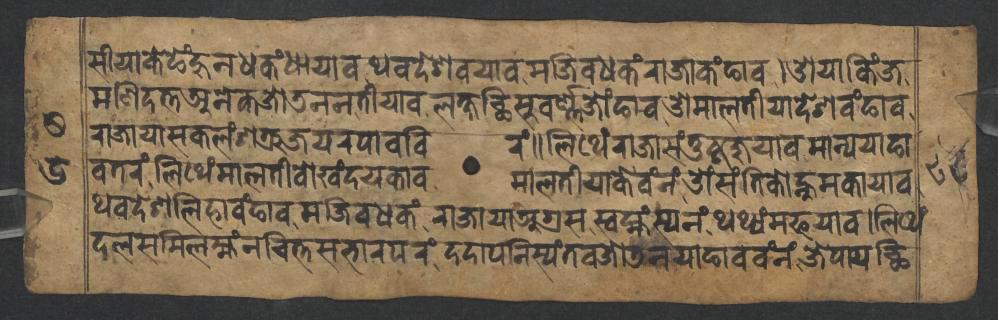
𑐳𑐷𑐫𑐵𑐎𑐾𑐒𑐾𑑄𑐴𑐸𑐣𑐢𑐎𑑄𑐢𑐵𑐫𑐵𑐰𑐠𑐰𑐡𑐾𑐱𑐰𑐫𑐵𑐰𑐩𑐖𑐶𑐰𑐢𑐎𑑄𑐬𑐵𑐖𑐵𑐎𑑄𑐒𑐵𑐰𑑋𑐌𑐫𑐵𑐎𑐶𑑄𑐖 𑐩𑐞𑐶𑐡𑐟𑑂𑐟𑐀𑐣𑐾𑐎𑐖𑑀𑐜𑐣𑐣𑐟𑐷𑐫𑐵𑐰𑐮𑐎𑑂𑐲𑐕𑐶𑐳𑐸𑐰𑐬𑑂𑐞𑑂𑐞𑐖𑑀𑑄𑐒𑐵𑐰𑐌𑐩𑐵𑐮𑐟𑐷𑐫𑐵𑐡𑐾𑐱𑐰𑑄𑐒𑐵𑐰 𑐬𑐵𑐖𑐵𑐫𑐵𑐳𑐎𑐮𑑄𑐱𑐟𑑂𑐬𑐸𑐖𑐫𑐬𑐥𑐵𑐰𑐧𑐶𑐬𑑄𑑌𑐮𑐶𑐠𑐾𑑄𑐬𑐵𑐖𑐵𑐳𑑄𑐟𑐸𑐲𑑂𑐚𑐖𑐸𑐫𑐵𑐰𑐩𑐵𑐣𑑂𑐫𑐫𑐵𑐒𑐵 𑐰𑐟𑐬𑑄𑐮𑐶𑐠𑐾𑑄𑐩𑐵𑐮𑐟𑐷𑐰𑑀𑐏𑑄𑐡𑐫𑐎𑐵𑐰𑐩𑐵𑐮𑐟𑐷𑐫𑐵𑐎𑐾𑐰𑑄𑐣𑑄𑐌𑑄𑐳𑑄𑐟𑐶𑐎𑑀𑐣𑑂𑐴𑐸𑐩𑐎𑐵𑐫𑐵𑐰 𑐠𑐰𑐡𑐾𑐱𑐮𑐶𑐴𑐵𑐰𑑄𑐒𑐵𑐰𑐩𑐖𑐶𑐰𑐢𑐎𑑄𑐬𑐵𑐖𑐵𑐫𑐵𑐀𑐐𑑂𑐬𑐳𑐳𑑂𑐰𑐩𑑂𑐴𑑄𑐳𑑂𑐫𑐣𑑄𑐠𑐠𑑂𑐫𑑄𑐩𑐦𑐫𑐵𑐰𑑋𑐮𑐶𑐠𑐾𑑄 𑐡𑐮𑐳𑐩𑐶𑐮𑐩𑑂𑐴𑑄𑐣𑐔𑐶𑐟𑑂𑐟𑐳𑐨𑐵𑐬𑐥𑐬𑑄𑐡𑐡𑐵𑐥𑐣𑐶𑐳𑑂𑐫𑑄𑐟𑐰𑐖𑑀𑐜𑐣𑐫𑐵𑐒𑐵𑐰𑐰𑑄𑐣𑑄𑐖𑐾𑐥𑐵𑐫𑐕𑐶